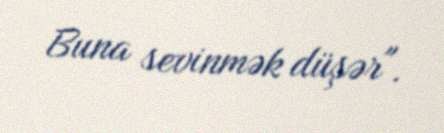
Buna sevinmək düşər".